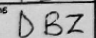
Transcription: DBZ